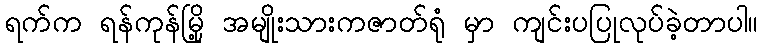
ရက်က ရန်ကုန်မြို့ အမျိုးသားကဇာတ်ရုံ မှာ ကျင်းပပြုလုပ်ခဲ့တာပါ။